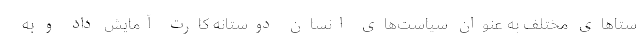
ستاهای مختلف به عنوان سیاست‌های انسان دوستانه کارت آمایش داد و به